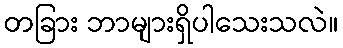
တခြား ဘာများရှိပါသေးသလဲ။